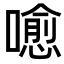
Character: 𡀍